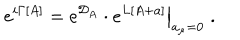
LaTeX: e ^ { i \Gamma [ A ] } = \left. e ^ { { \cal D } _ { A } } \cdot e ^ { L [ A + a ] } \right\vert _ { a _ { \mu } = 0 } \; .